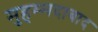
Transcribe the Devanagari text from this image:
मुहम्‍मदाबाद